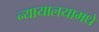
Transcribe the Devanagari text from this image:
न्यायालयामधे